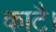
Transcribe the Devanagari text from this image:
काटै।